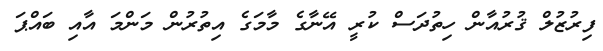
ފިރުޒުލް ޤުރުއާން ހިތުދަސް ކުރީ އޭނާގެ މާމަގެ އިތުރުން މަންމަ އާއި ބައްޕަ